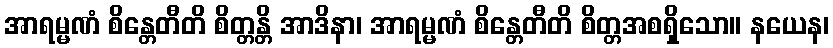
အာရမ္မဏံ စိန္တေတီတိ စိတ္တန္တိ အာဒိနာ၊ အာရမ္မဏံ စိန္တေတီတိ စိတ္တအစရှိသော။ နယေန၊